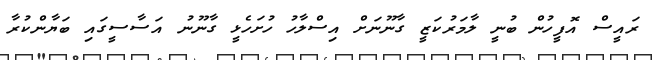
ރައީސް އޮފީހުން ބުނީ ލާމަރުކަޒީ ގާނޫނަށް އިސްލާހު ހުށަހެޅީ ގާނޫނު އަސާސީގައި ބަޔާންކުރާ